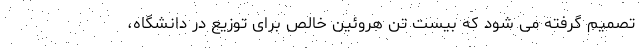
تصمیم گرفته می شود که بیست تن هروئین خالص برای توزیع در دانشگاه،